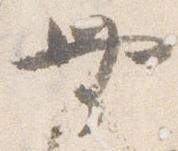
無